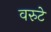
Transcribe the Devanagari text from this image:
वरुटे